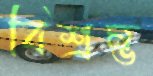
বিশ্রম্ভ